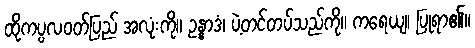
ထိုကပ္ပလဝတ်ပြည် အလုံးကို။ ဥန္နာဒံ၊ ပဲ့တင်တပ်သည်ကို။ ကရေယျ၊ ပြုရာ၏။